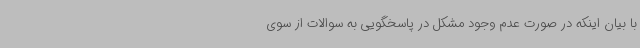
با بیان اینکه در صورت عدم وجود مشکل در پاسخگویی به سوالات از سوی